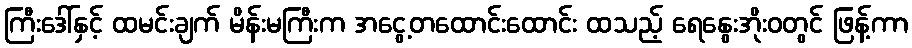
ကြီးဒေါ်နှင့် ထမင်းချက် မိန်းမကြီးက အငွေ့တထောင်းထောင်း ထသည့် ရေနွေးအိုးဝတွင် ဖြန့်ကာ